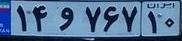
۱۴و۷۶۷۱۰